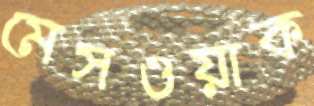
মেসওয়াক